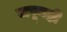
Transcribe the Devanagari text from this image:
जपूनही